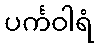
ပင်္ကဝါရံ